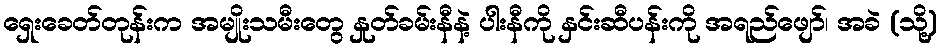
ရှေးခေတ်တုန်းက အမျိုးသမီးတွေ နှုတ်ခမ်းနီနဲ့ ပါးနီကို နှင်းဆီပန်းကို အရည်ဖျော်၊ အခဲ (သို့)